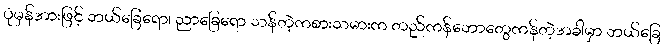
ပုံမှန်အားဖြင့် ဘယ်ခြေရော၊ ညာခြေရော သန်တဲ့ကစားသမားက တည်ကန်ဘောတွေကန်တဲ့အခါမှာ ဘယ်ခြေ